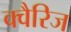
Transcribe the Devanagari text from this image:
क्वैरिज